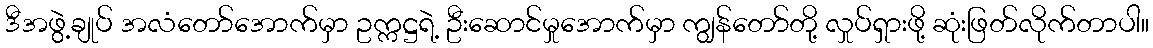
ဒီအဖွဲ့ချုပ် အလံတော်အောက်မှာ ဥက္ကဋ္ဌရဲ့ ဦးဆောင်မှုအောက်မှာ ကျွန်တော်တို့ လှုပ်ရှားဖို့ ဆုံးဖြတ်လိုက်တာပါ။